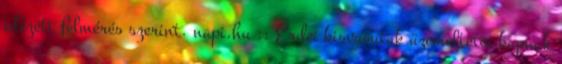
idézett felmérés szerint. napi.hu :: Erdei kisvasutak üzemeltetői kapnak